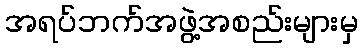
အရပ်ဘက်အဖွဲ့အစည်းများမှ